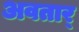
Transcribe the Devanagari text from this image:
अवतार्